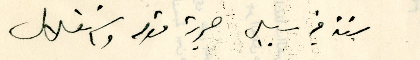
سنة في سبيل حرية قومه واستقلال